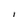
Character: 1